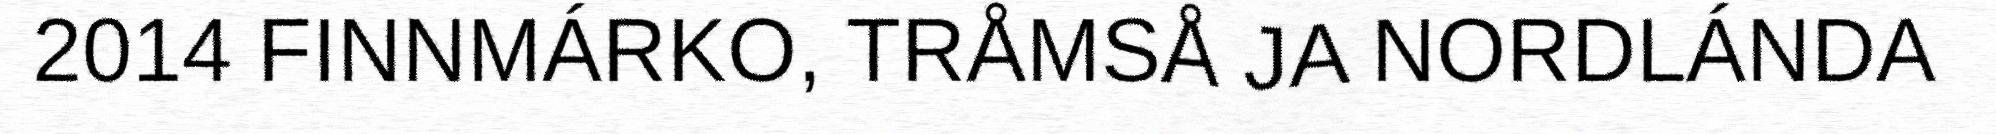
2014 FINNMÁRKO, TRÅMSÅ JA NORDLÁNDA